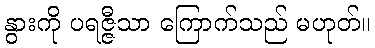
နွားကို ပရဇ္ဇီသာ ကြောက်သည် မဟုတ်။